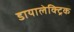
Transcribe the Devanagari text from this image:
डायालेक्ट्रिक